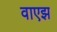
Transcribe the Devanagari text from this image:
वाएझ